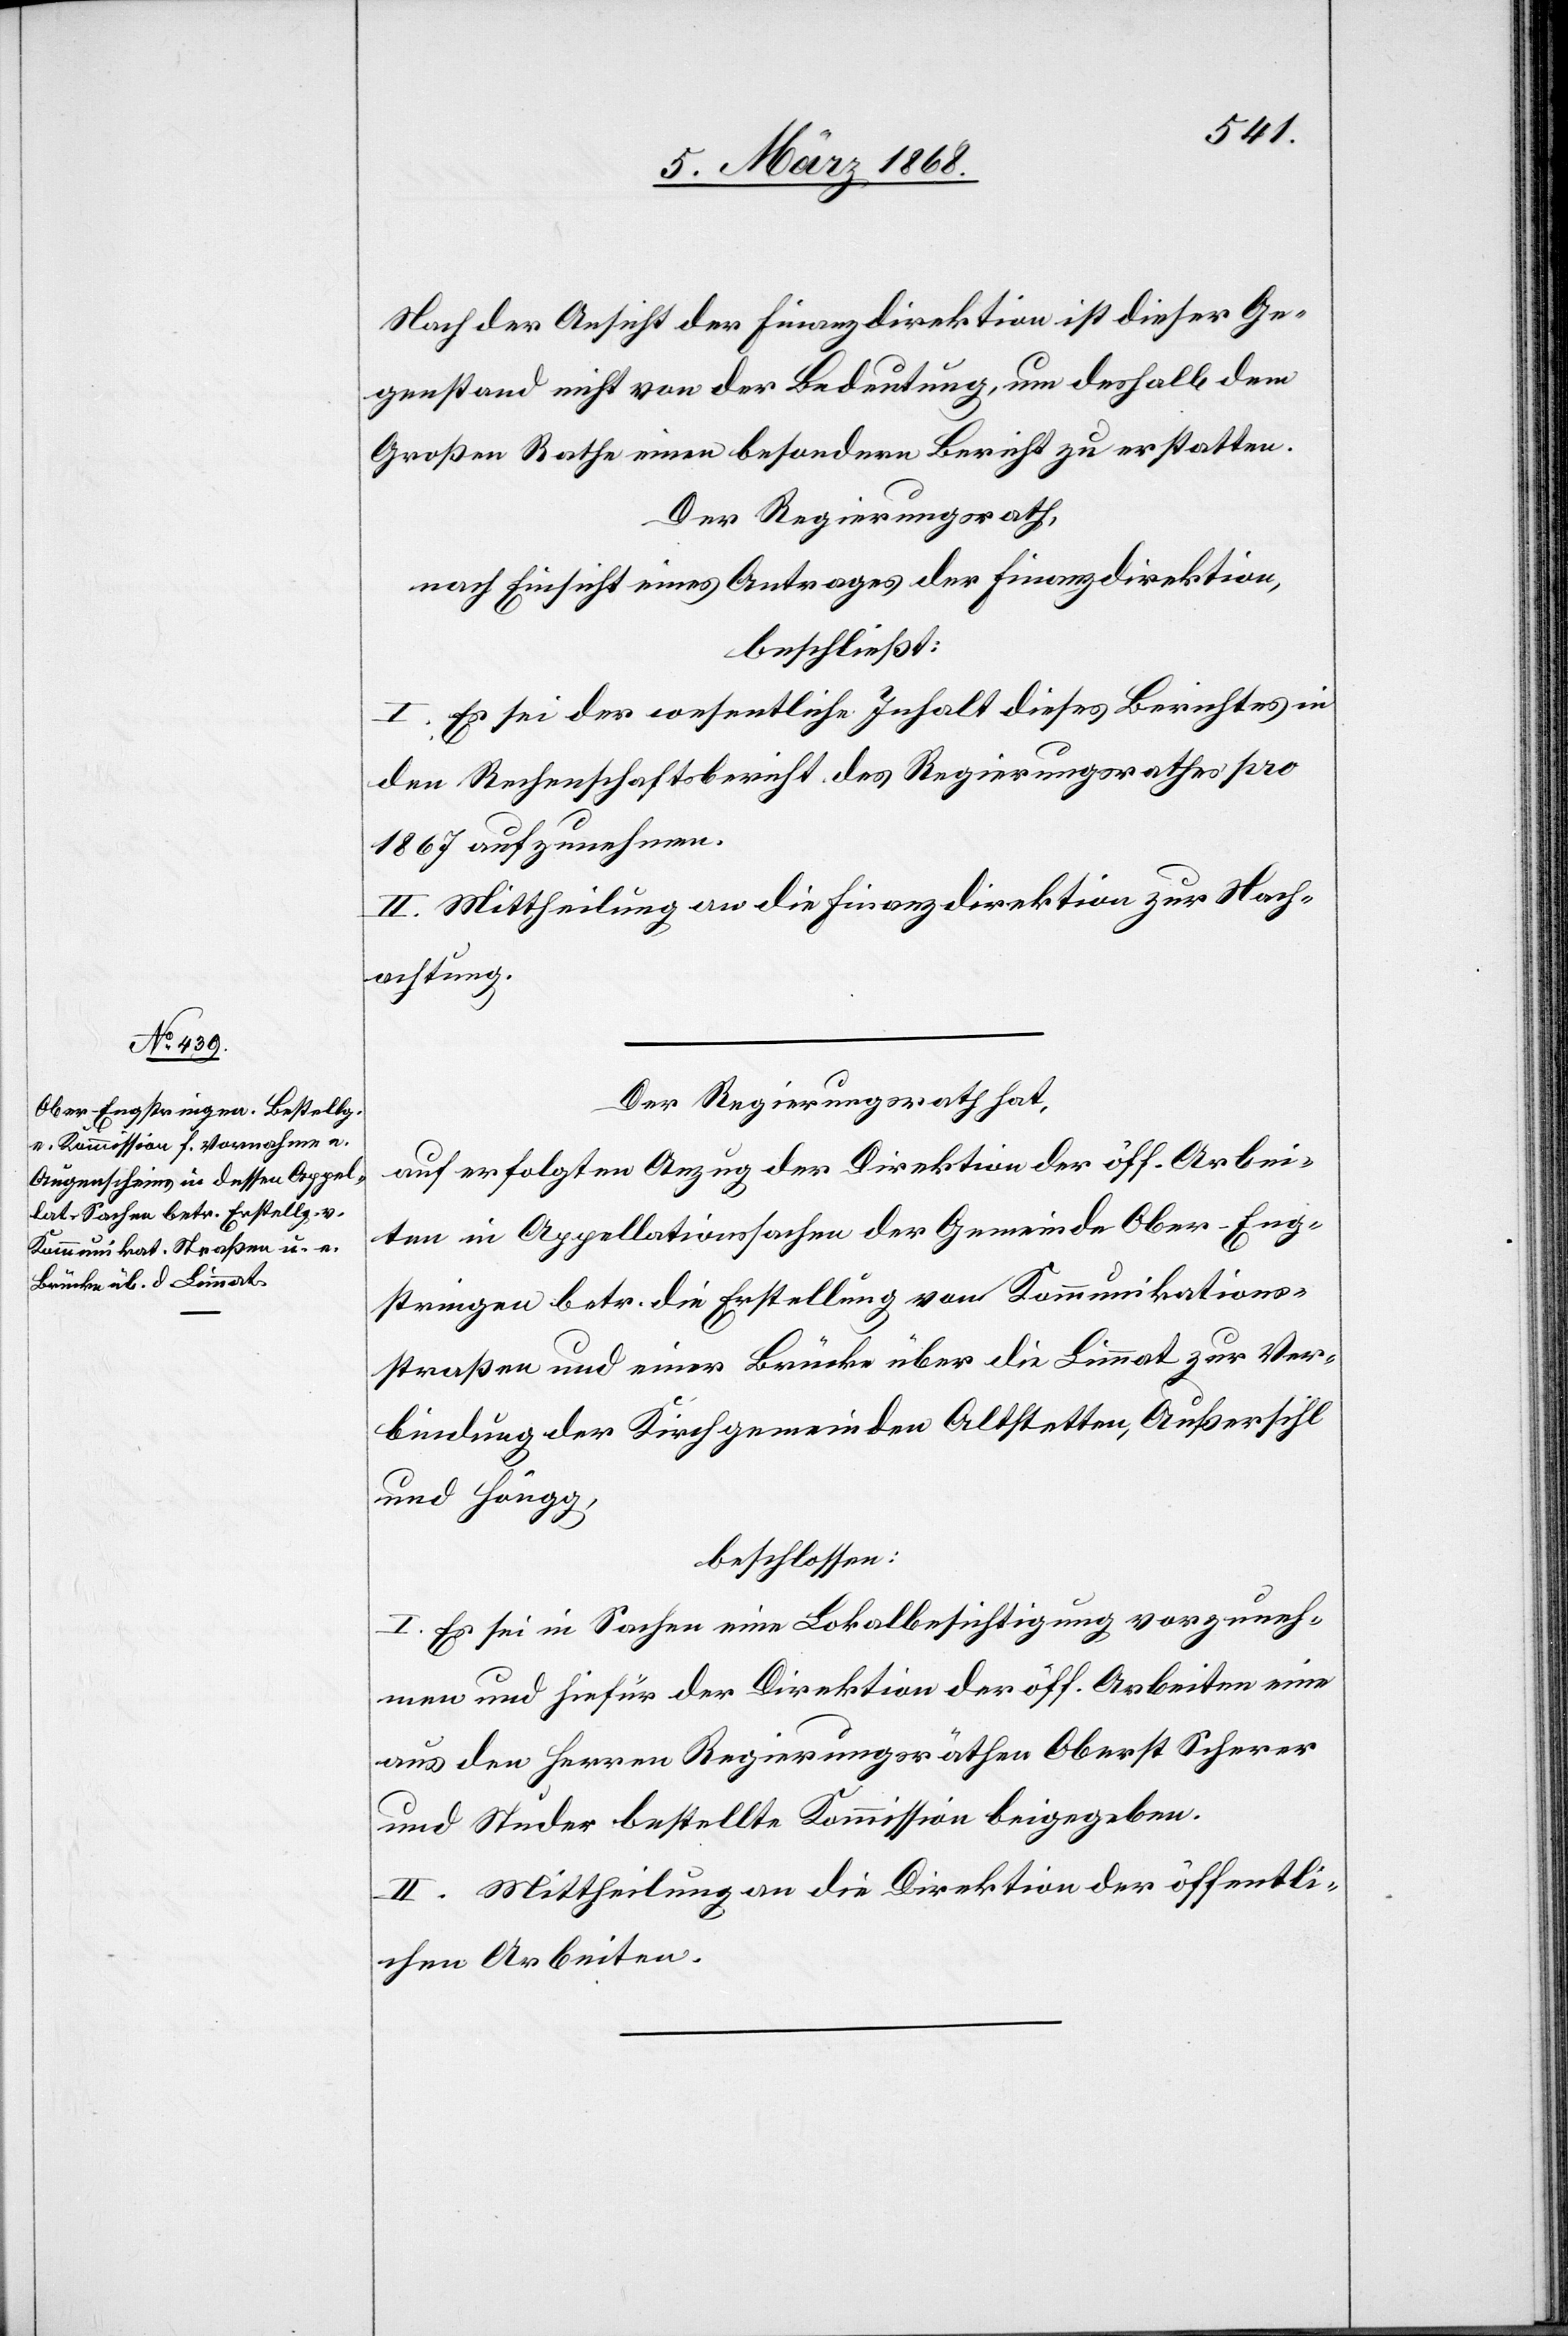
Nach der Ansicht der Finanzdirektion ist dieser Ge¬
genstand nicht von der Bedeutung, um deshalb dem
Großen Rathe einen besondern Bericht zu erstatten.
Der Regierungsrath,
nach Einsicht eines Antrages der Finanzdirektion,
beschließt:
I. Es sei der wesentliche Inhalt dieses Berichtes in
den Rechenschaftsbericht des Regierungsrathes pro
1867 aufzunehmen.
II. Mittheilung an die Finanzdirektion zur Nach¬
achtung.
Der Regierungsrath hat,
auf erfolgten Anzug der Direktion der öff. Arbei¬
ten in Appellationssachen der Gemeinde Ober-Eng¬
stringen betr. die Erstellung von Kommunikations¬
straßen und einer Brücke über die Limmat zur Ver¬
bindung der Kirchgemeinden Altstetten, Außersihl
und Höngg,
beschlossen:
I. Es sei in Sachen eine Lokalbesichtigung vorzuneh¬
men und hiefür der Direktion der öff. Arbeiten eine
aus den Herren Regierungsräthen Oberst Scherer
und Studer bestellte Kommission beigegeben.
II. Mittheilung an die Direktion der öffentli¬
chen Arbeiten.